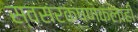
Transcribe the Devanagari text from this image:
स्वसंरक्षणकलाही